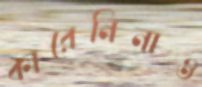
কারেনিনাও